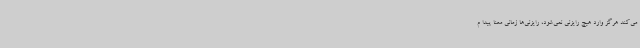
می‌کند هرگز وارد هیچ رایزنی نمی‌شود،‌ رایزنی‌ها زمانی معنا پیدا م